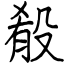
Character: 殽